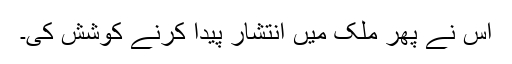
اس نے پھر ملک میں انتشار پیدا کرنے کوشش کی۔